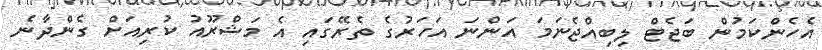
އެހެންކަމުން ބަޖެޓް ލިބިއްޖެނަމަ އަންނަ އަހަރުގެ ތެރޭގައި އެ މަޝްރޫއު ކުރިއަށް ގެންދާނެ